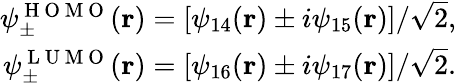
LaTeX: \begin{array}{r}{\psi_{\pm}^{\mathrm{~H~O~M~O~}}(\mathbf{r})=\left[\psi_{14}(\mathbf{r})\pm i\psi_{15}(\mathbf{r})\right]/\sqrt{2},}\\ {\psi_{\pm}^{\mathrm{~L~U~M~O~}}(\mathbf{r})=\left[\psi_{16}(\mathbf{r})\pm i\psi_{17}(\mathbf{r})\right]/\sqrt{2}.}\end{array}